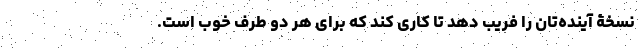
نسخۀ آینده‌تان را فریب دهد تا کاری کند که برای هر دو طرف خوب است.